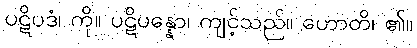
ပဋိပဒံ၊ ကို။ ပဋိပန္နော၊ ကျင့်သည်။ ဟောတိ၊ ၏။